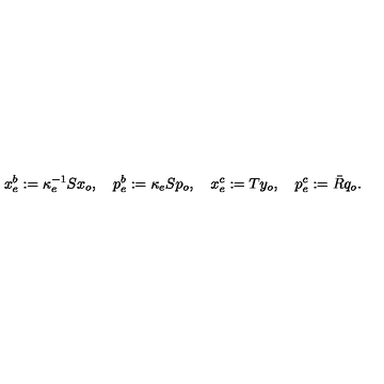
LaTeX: x _ { e } ^ { b } : = \kappa _ { e } ^ { - 1 } S x _ { o } , \quad p _ { e } ^ { b } : = \kappa _ { e } S p _ { o } , \quad x _ { e } ^ { c } : = T y _ { o } , \quad p _ { e } ^ { c } : = \bar { R } q _ { o } .